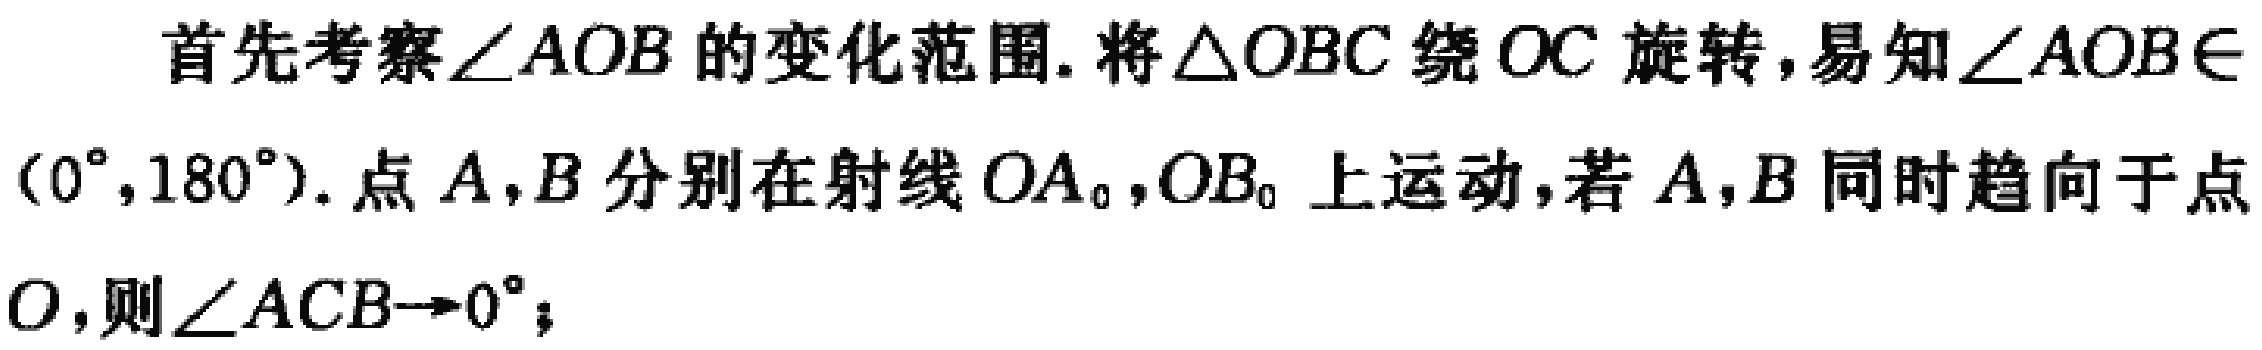
首先考察\(\angle AOB\)的变化范围. 将\(\triangle OBC\)绕\(OC\)旋转，易知\(\angle AOB\in(0^{\circ},180^{\circ})\). 点\(A,B\)分别在射线\(OA_{0},OB_{0}\)上运动，若\(A,B\)同时趋向于点\(O\)，则\(\angle ACB\rightarrow0^{\circ}\)；